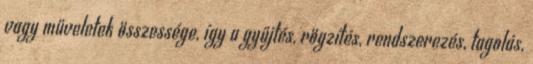
vagy műveletek összessége, így a gyűjtés, rögzítés, rendszerezés, tagolás,